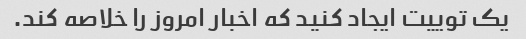
یک توییت ایجاد کنید که اخبار امروز را خلاصه کند.